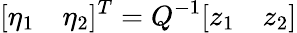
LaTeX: [\eta_{1}\quad\eta_{2}]^{T}=Q^{-1}[z_{1}\quad z_{2}]